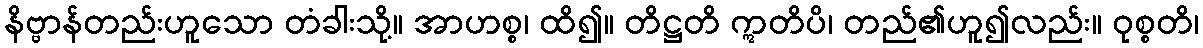
နိဗ္ဗာန်တည်းဟူသော တံခါးသို့။ အာဟစ္စ၊ ထိ၍။ တိဋ္ဌတိ ဣတိပိ၊ တည်၏ဟူ၍လည်း။ ဝုစ္စတိ၊